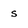
Character: s